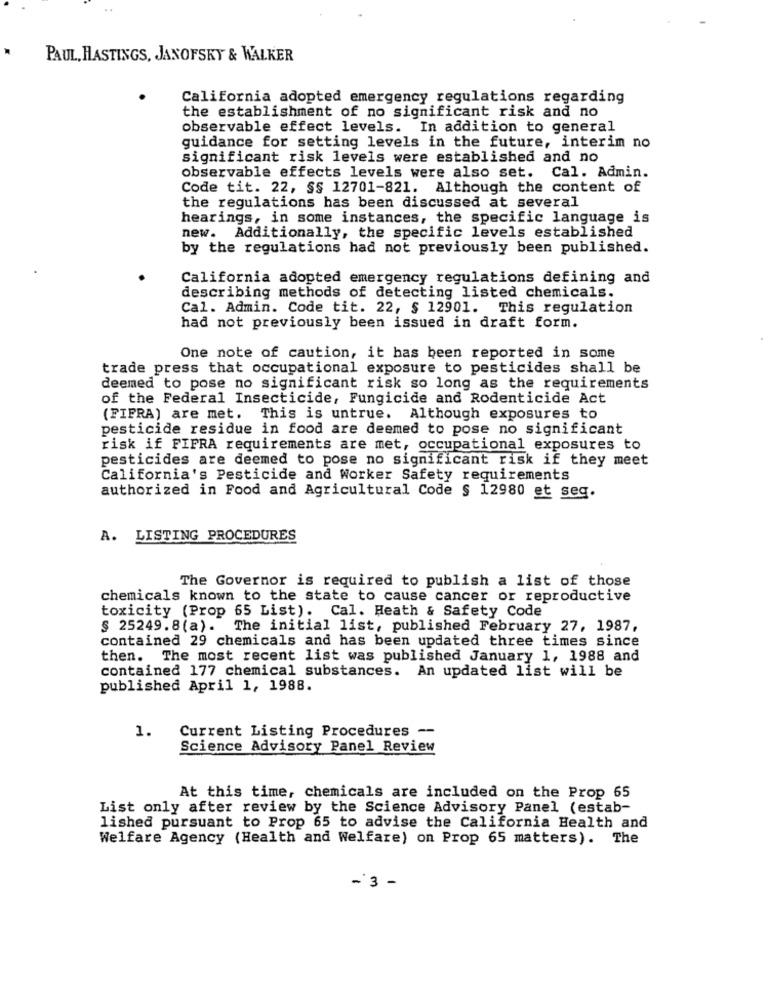
PAUL, HASTINGS, JANOFSKY & WALKER
California adopted emergency regulations regarding
the establishment of no significant risk and no
observable effect levels. In addition to general
guidance for setting levels in the future, interim no
significant risk levels were established and no
observable effects levels were also set. Cal. Admin.
Code tit. 22, §§ 12701-821. Although the content of
the regulations has been discussed at several
hearings, in some instances, the specific language is
new. Additionally, the specific levels established
by the regulations had not previously been published.
California adopted emergency regulations defining and
describing methods of detecting listed chemicals.
Cal. Admin. Code tit. 22, $ 12901. This regulation
had not previously been issued in draft form.
One note of caution, it has been reported in some
trade press that occupational exposure to pesticides shall be
deemed to pose no significant risk so long as the requirements
of the Federal Insecticide, Fungicide and Rodenticide Act
(FIFRA) are met. This is untrue. Although exposures to
pesticide residue in food are deemed to pose no significant
risk if FIFRA requirements are met, occupational exposures to
pesticides are deemed to pose no significant risk if they meet
California's Pesticide and Worker Safety requirements
authorized in Food and Agricultural Code § 12980 et seq.
A. LISTING PROCEDURES
The Governor is required to publish a list of those
chemicals known to the state to cause cancer or reproductive
toxicity (Prop 65 List). Cal. Heath & Safety Code
$ 25249.8(a). The initial list, published February 27, 1987,
contained 29 chemicals and has been updated three times since
then. The most recent list was published January 1, 1988 and
contained 177 chemical substances. An updated list will be
published April 1, 1988.
1.
Current Listing Procedures --
Science Advisory Panel Review
At this time, chemicals are included on the Prop 65
List only after review by the Science Advisory Panel (estab-
lished pursuant to Prop 65 to advise the California Health and
Welfare Agency (Health and Welfare) on Prop 65 matters). The
-3 -